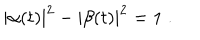
LaTeX: | \alpha ( t ) | ^ { 2 } - | \beta ( t ) | ^ { 2 } = 1 \; .